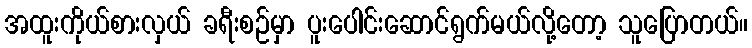
အထူးကိုယ်စားလှယ် ခရီးစဉ်မှာ ပူးပေါင်းဆောင်ရွက်မယ်လို့တော့ သူပြောတယ်။